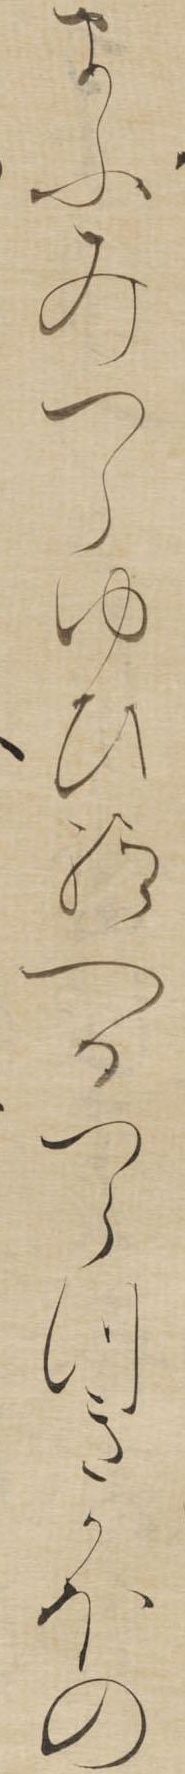
まふみつらゆひ給へるつらつきかほの